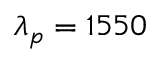
\lambda _ { p } = 1 5 5 0